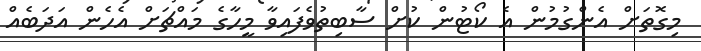
މިގޮތަށް އެންގުމުން އެ ކޯޓުން ކުށް ސާބިތުވެފައިވާ މީހާގެ މައްޗަށް އެހެން އަދަބެއް